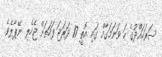
ސަރަހައްދުގެ ހަ ވަނަމަގާމް ގައި އޮތީ 17 ދަރަޖަ ފަހަތަށް ޖެހެލި ނޭޕާލެވެ.